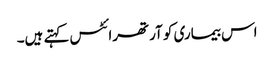
اس بیماری کو آرتھرائٹس کہتے ہیں۔